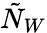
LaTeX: \tilde{N}_{W}